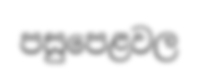
පසුපෙළවල